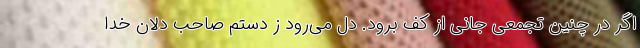
اگر در چنین تجمعی جانی از کف برود. دل می‌رود ز دستم صاحب دلان خدا